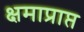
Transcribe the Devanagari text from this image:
क्षमाप्राप्त